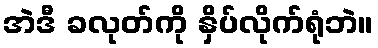
အဲဒီ ခလုတ်ကို နှိပ်လိုက်ရုံဘဲ။